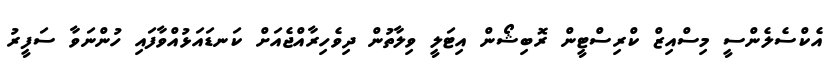
އެކްސެލެންސީ މިސްއިޒް ކްރިސްޓީން ރޮބިޝޯން އިޓަލީ ވިލާތުން ދިވެހިރާއްޖެއަށް ކަނޑައަޅުއްވާފައި ހުންނަވާ ސަފީރު